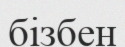
бізбен